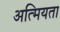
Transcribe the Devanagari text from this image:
अत्मियता